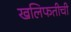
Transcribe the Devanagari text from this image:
खलिफतीची